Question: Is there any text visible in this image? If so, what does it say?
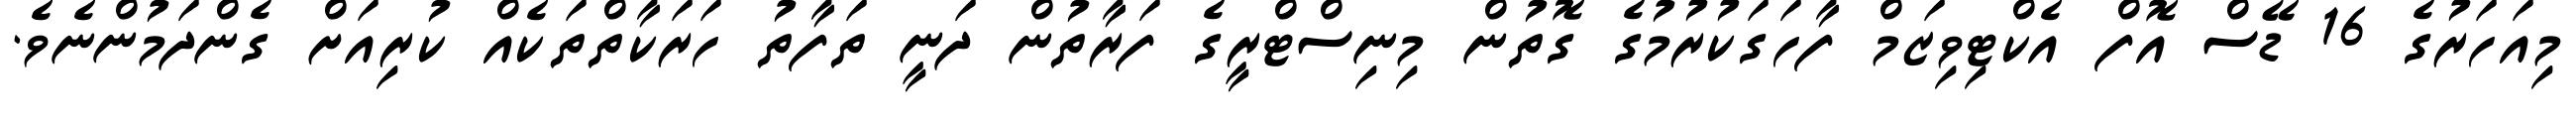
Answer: މިއަހަރުގެ 16 ޑޭސް އޮފް އެކްޓިވިޒަމް ފާހަގަކުރުމުގެ ގޮތުން މިނިސްޓްރީގެ ފަރާތުން ދަނީ ތަފާތު ހަރަކާތްތަކެއް ކުރިއަށް ގެންދަމުންނެވެ.